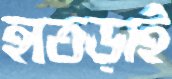
হাতড়াই